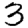
Digit: 3